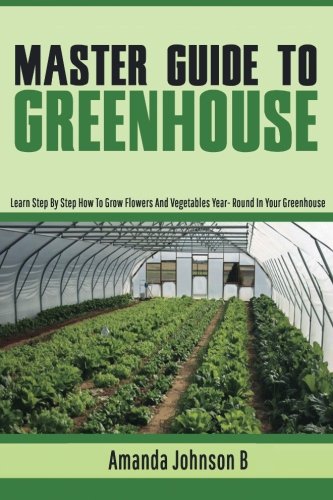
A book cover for Master Guide To Greenhouse : Learn step by step how to grow flowers and vegetables year - Round in Your Greenhouse (Gardening,companions ... guide by Amanda Johnson B () (Volume 4); Amanda Johnson B; Crafts, Hobbies & Home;